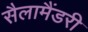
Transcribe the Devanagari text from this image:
सैलामैंडरी